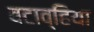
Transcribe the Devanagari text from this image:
बटाव्हिया